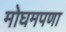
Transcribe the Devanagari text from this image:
मोघमपणा